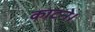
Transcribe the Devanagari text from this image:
काटने।